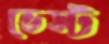
ভেস্ট